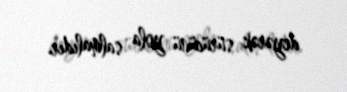
deyərək sürücünü yola salmalıdır.